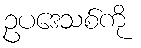
ဥပဒေသစ်ကို